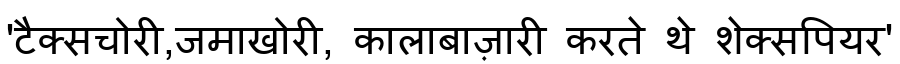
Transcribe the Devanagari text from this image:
'टैक्सचोरी,जमाखोरी, कालाबाज़ारी करते थे शेक्सपियर'